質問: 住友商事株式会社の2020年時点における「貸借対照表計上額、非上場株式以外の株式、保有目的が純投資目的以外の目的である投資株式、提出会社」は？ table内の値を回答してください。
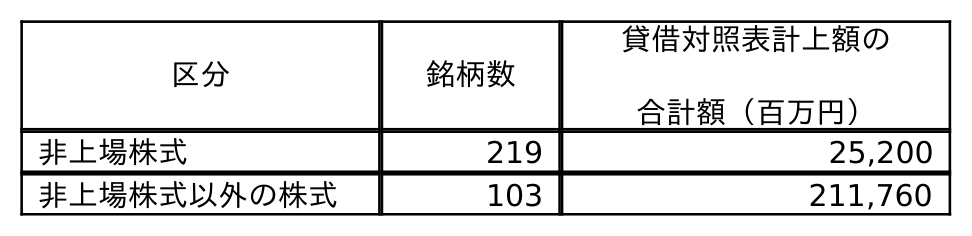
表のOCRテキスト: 区分 銘柄数 貸借対照表計上額の 合計額（百万円） 非上場株式 219 25,200 非上場株式以外の株式 103 211,760
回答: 211,760